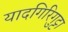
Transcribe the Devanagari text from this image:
यादगिरिगुट्टा